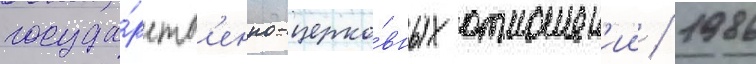
госуда́рств'енно-церко́вных отношен'ии / 1986